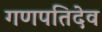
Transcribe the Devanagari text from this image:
गणपतिदेव